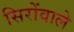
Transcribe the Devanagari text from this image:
सिरोंवाले